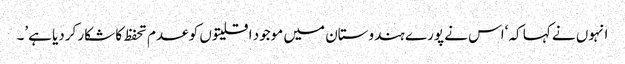
انہوں نے کہا کہ ‘اس نے پورے ہندوستان میں موجود اقلیتوں کو عدم تحفظ کا شکار کردیا ہے’۔